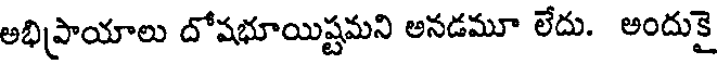
అభిప్రాయాలు దోషభూయిష్టమని అనడమూ లేదు. అందుకై